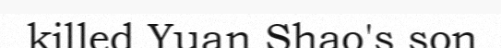
killed Yuan Shao's son